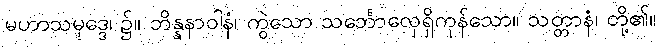
မဟာသမုဒ္ဒေ၊ ၌။ ဘိန္နနာဝါနံ၊ ကွဲသော သင်္ဘောလှေရှိကုန်သော။ သတ္တာနံ၊ တို့၏။